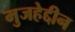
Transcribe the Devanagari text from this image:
मुजहेद्दीन